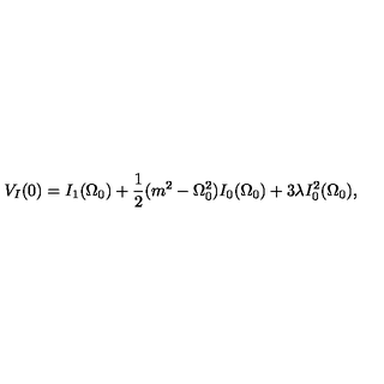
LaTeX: V _ { I } ( 0 ) = I _ { 1 } ( \Omega _ { 0 } ) + \frac { 1 } { 2 } ( m ^ { 2 } - \Omega _ { 0 } ^ { 2 } ) I _ { 0 } ( \Omega _ { 0 } ) + 3 \lambda I _ { 0 } ^ { 2 } ( \Omega _ { 0 } ) ,